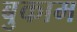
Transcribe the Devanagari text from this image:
बुकाम